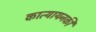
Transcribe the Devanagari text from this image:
कात्यायनकी